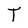
Character: T